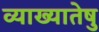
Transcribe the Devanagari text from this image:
व्याख्यातेषु